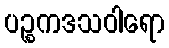
ပဉ္စကဒသဝါရော